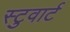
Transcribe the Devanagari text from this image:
स्टुवार्ट